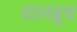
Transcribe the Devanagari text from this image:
वालब्रूच